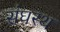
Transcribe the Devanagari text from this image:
संघस्थ